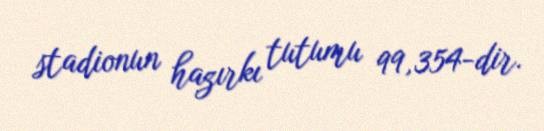
stadionun hazırkı tutumu 99,354-dir.